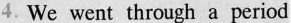
4.We went through a period